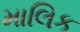
માલિક